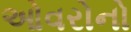
ઓવરોનો